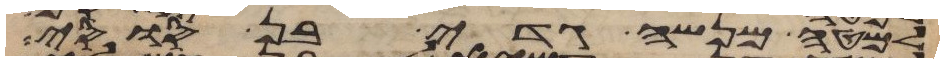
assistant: למטה מנשה גדי בן סוסי